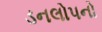
ડનલોપનો